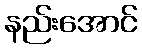
နည်းအောင်